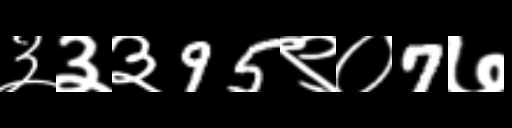
Text: ३३३95९०7७